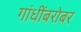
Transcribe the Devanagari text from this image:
गांधींबरोबर